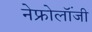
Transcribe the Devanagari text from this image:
नेफ्रोलॉंजी